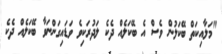
"މަލާއިކަތް ބޭކަލުން ވެސް އެ ބޭކަލެއް ދެކެ ލަދުރަކިވެ ވަޑައިގަންނަވާ ބޭކަލެއް ދެކެ